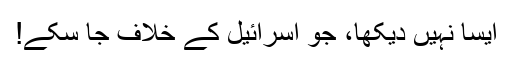
ایسا نہیں دیکھا، جو اسرائیل کے خلاف جا سکے!